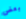
بعض